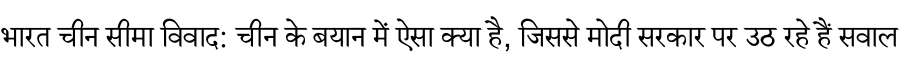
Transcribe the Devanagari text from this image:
भारत चीन सीमा विवाद: चीन के बयान में ऐसा क्या है, जिससे मोदी सरकार पर उठ रहे हैं सवाल